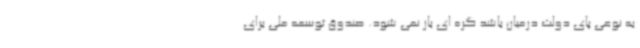
به نوعی پای دولت درمیان باشد گره ای باز نمی شود. صندوق توسعه ملی برای